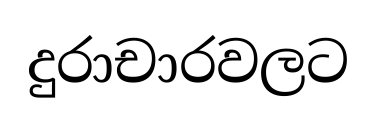
දුරාචාරවලට